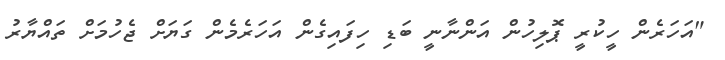
"އަހަރެން ހީކުރީ ޕޮލިހުން އަންނާނީ ބަޑި ހިފައިގެން އަހަރެމެން ގަޔަށް ޖެހުމަށް ތައްޔާރު